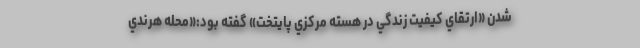
‌شدن «ارتقاي كيفيت زندگي در هسته مركزي پايتخت» گفته بود:«محله هرندي